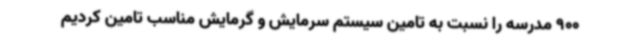
900 مدرسه را نسبت به تامین سیستم سرمایش و گرمایش مناسب تامین کردیم